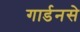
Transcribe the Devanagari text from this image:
गार्डनसे